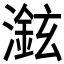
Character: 𱩖